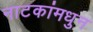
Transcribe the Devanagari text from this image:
नाटकांमधुन